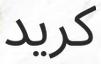
كريد